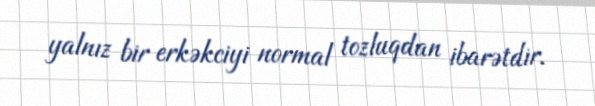
yalnız bir erkəkciyi normal tozluqdan ibarətdir.